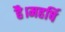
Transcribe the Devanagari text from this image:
है।महर्षि